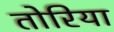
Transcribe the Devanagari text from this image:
तोरिया